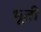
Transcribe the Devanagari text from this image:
भूती